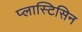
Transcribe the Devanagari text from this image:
प्लास्टिसिन